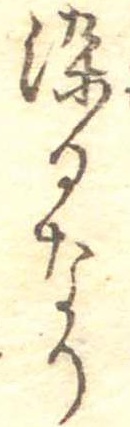
染るなり